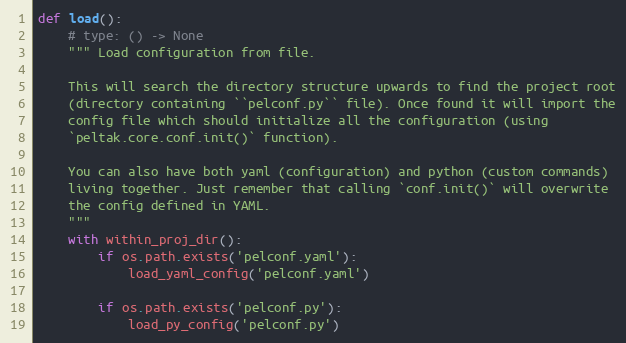
Language: Python
def load():
    # type: () -> None
    """ Load configuration from file.

    This will search the directory structure upwards to find the project root
    (directory containing ``pelconf.py`` file). Once found it will import the
    config file which should initialize all the configuration (using
    `peltak.core.conf.init()` function).

    You can also have both yaml (configuration) and python (custom commands)
    living together. Just remember that calling `conf.init()` will overwrite
    the config defined in YAML.
    """
    with within_proj_dir():
        if os.path.exists('pelconf.yaml'):
            load_yaml_config('pelconf.yaml')

        if os.path.exists('pelconf.py'):
            load_py_config('pelconf.py')